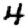
Digit: 4